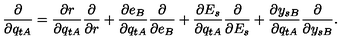
\frac { \partial } { \partial q _ { t A } } = \frac { \partial r } { \partial q _ { t A } } \frac { \partial } { \partial r } + \frac { \partial e _ { B } } { \partial q _ { t A } } \frac { \partial } { \partial e _ { B } } + \frac { \partial E _ { s } } { \partial q _ { t A } } \frac { \partial } { \partial E _ { s } } + \frac { \partial y _ { s B } } { \partial q _ { t A } } \frac { \partial } { \partial y _ { s B } } .